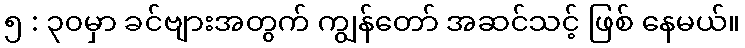
၅ : ၃၀မှာ ခင်ဗျားအတွက် ကျွန်တော် အဆင်သင့် ဖြစ် နေမယ်။